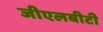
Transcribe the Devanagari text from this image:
जीएलबीटी